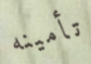
تأمينه